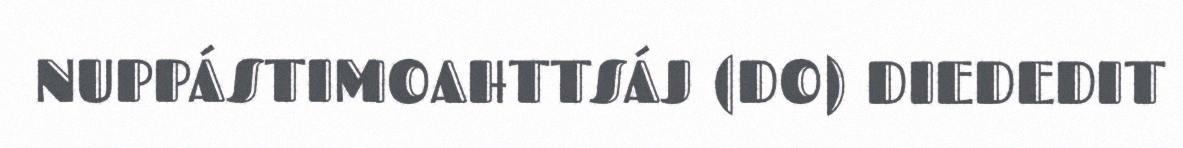
NUPPÁSTIMOAHTTSÁJ (DO) DIEDEDIT